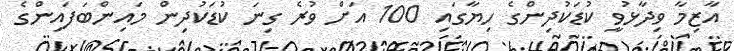
އާޒިމާ ވިދާޅުވީ ކުޑަކުދިންގެ ހިޔާގައި 100 އަށް ވުރެ ގިނަ ކުޑަކުދިން މައިންބަފައިންގެ